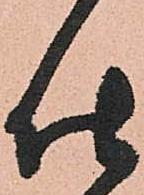
仕